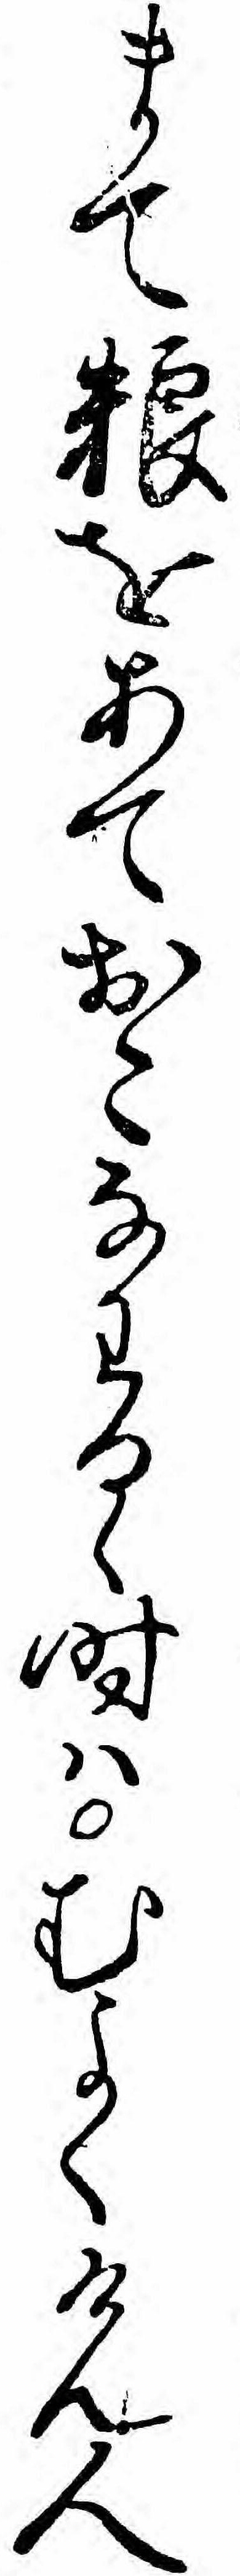
まて糧をあておこなわるゝ時ハむよくけん人